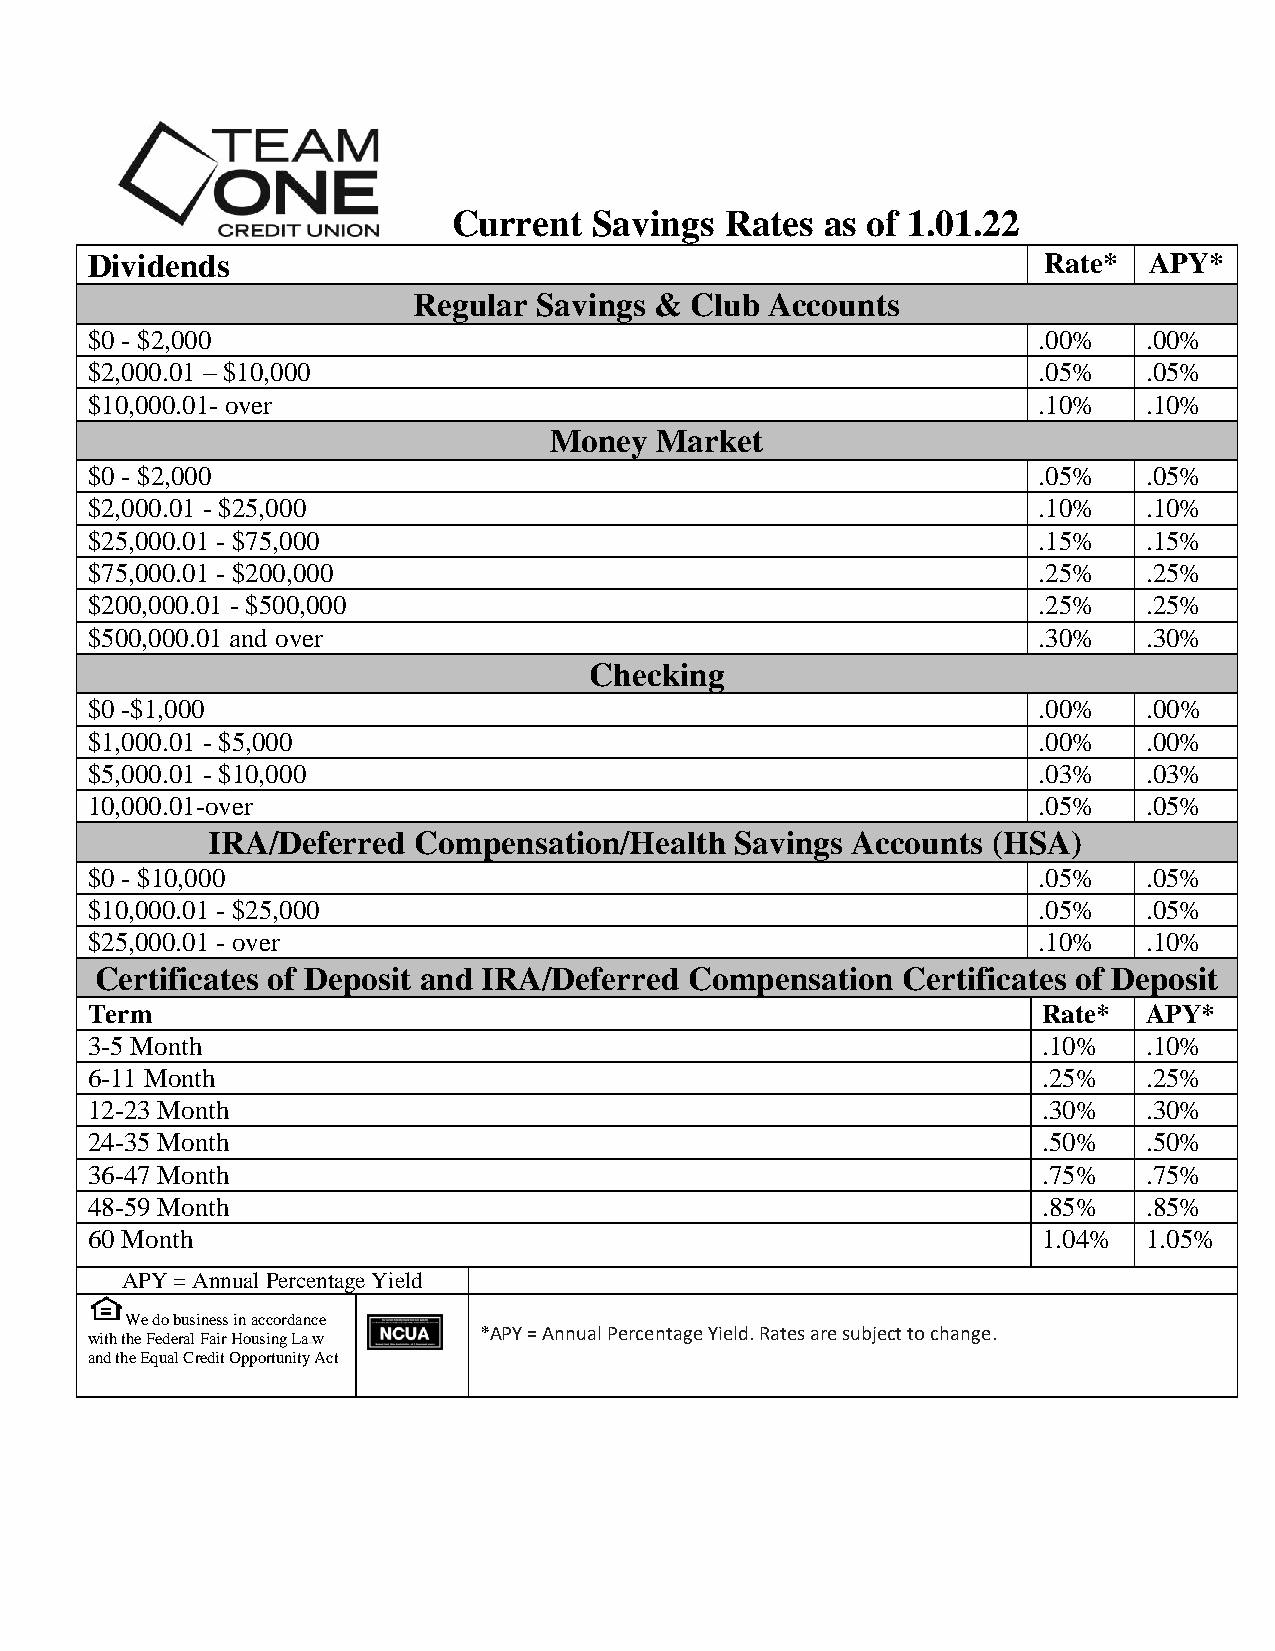
Current  Savings  Rates  as of 1.01.22
 Dividends                                                      Rate*  APY*
 Regular  Savings & Club Accounts
 $0 - $2,000                                                    .00%   .00%
 $2,000.01 – $10,000                                           .05%   .05%
 $10,000.01- over                                               .10%   .10%
 Money  Market
 $0 - $2,000                                                    .05%   .05%
 $2,000.01 - $25,000                                            .10%   .10%
 $25,000.01 - $75,000                                           .15%   .15%
 $75,000.01 - $200,000                                          .25%   .25%
 $200,000.01 - $500,000                                         .25%   .25%
 $500,000.01 and over                                           .30%   .30%
 Checking
 $0 -$1,000                                                     .00%   .00%
 $1,000.01 - $5,000                                             .00%   .00%
 $5,000.01 - $10,000                                            .03%   .03%
 10,000.01-over                                                 .05%   .05%
 IRA/Deferred Compensation/Health   Savings Accounts (HSA)
 
 $0 - $10,000                                                   .05%   .05%
 $10,000.01 - $25,000                                           .05%   .05%
 $25,000.01 - over                                              .10%   .10%
 Certificates of Deposit and IRA/Deferred Compensation Certificates of Deposit
 Term                                                           Rate*  APY*
 3-5 Month                                                      .10%   .10%
 6-11 Month                                                     .25%   .25%
 12-23 Month                                                    .30%   .30%
 24-35 Month                                                    .50%   .50%
 36-47 Month                                                    .75%   .75%
 48-59 Month                                                    .85%   .85%
 60 Month                                                       1.04%  1.05%
 APY = Annual Percentage Yield
 We do business in accordance
 with the Federal Fair Housing Law *APY = Annual Percentage Yield. Rates are subject to change.
 and the Equal Credit Opportunity Act